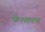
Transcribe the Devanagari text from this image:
केशहरण